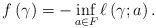
\begin{align*}f \left( \gamma \right) = - \inf_{a \in F} \ell \left( \gamma;a \right).\end{align*}